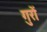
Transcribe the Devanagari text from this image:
गुरों